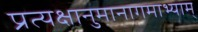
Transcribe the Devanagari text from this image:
प्रत्यक्षानुमानागमाभ्याम्